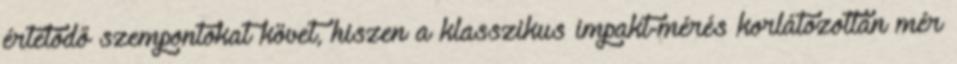
értetődő szempontokat követ, hiszen a klasszikus impakt-mérés korlátozottan mér